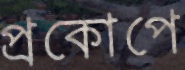
প্রকোপে